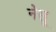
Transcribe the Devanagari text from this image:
नेसू